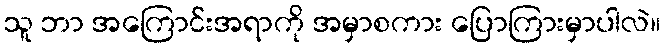
သူ ဘာ အကြောင်းအရာကို အမှာစကား ပြောကြားမှာပါလဲ။